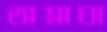
অশ্লাঘা